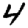
Digit: 4